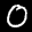
Label: 0